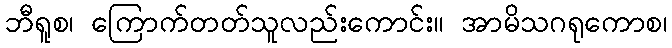
ဘီရူစ၊ ကြောက်တတ်သူလည်းကောင်း။ အာမိသဂရုကောစ၊